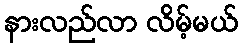
နားလည်လာ လိမ့်မယ်